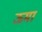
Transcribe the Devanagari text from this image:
ऊमा